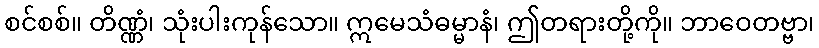
စင်စစ်။ တိဏ္ဏံ၊ သုံးပါးကုန်သော။ ဣမေသံဓမ္မာနံ၊ ဤတရားတို့ကို။ ဘာဝေတဗ္ဗာ၊